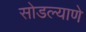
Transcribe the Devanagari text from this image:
सोडल्याणे